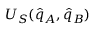
U _ { S } ( \hat { q } _ { A } , \hat { q } _ { B } )